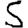
Digit: 5